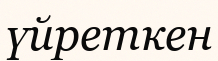
үйреткен